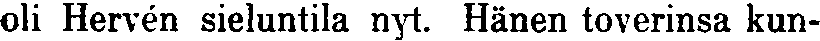
oli Hervén sieluntila nyt. Hänen toverinsa kun-